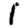
Digit: 1